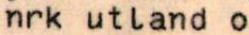
nrk utland o